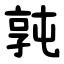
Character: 㝄